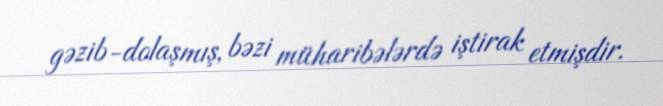
gəzib-dolaşmış, bəzi müharibələrdə iştirak etmişdir.